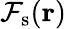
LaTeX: {\cal F}_{\textrm{s}}(\textbf{r})